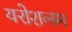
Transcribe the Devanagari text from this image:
यरोशलम